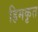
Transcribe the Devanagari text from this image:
हिमकृत